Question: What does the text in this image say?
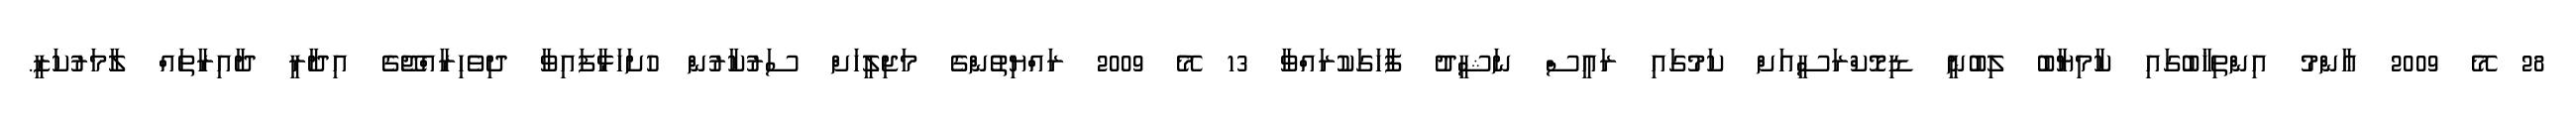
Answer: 28 މޭ 2009 ޢާންމު އިންތިޚާބުގައި ކާމިޔާބު ލިބުނީ ޑިމޮކްރަސީއަށް ކަމުގައި ރައީސް ނަޝީދު ފާހަގަކުރައްވާ 13 މޭ 2009 ރައްޔިތުންގެ މަޖިލީހަށް ސަރުކާރުން ހުށަހަޅާފައިވާ ދިވެހިރާއްޖޭގެ އިދާރީ ދާއިރާތައް ލާމަރުކަޒީ.